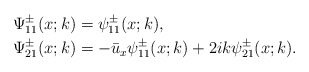
\begin{align*}&\Psi^\pm_{11}(x;k)=\psi^\pm_{11}(x;k),\\&\Psi^\pm_{21}(x;k)=-\bar{u}_x \psi^\pm_{11}(x;k)+ 2ik \psi^\pm_{21}(x;k).\end{align*}